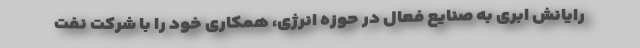
رایانش ابری به صنایع فعال در حوزه انرژی، همکاری خود را با شرکت نفت